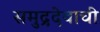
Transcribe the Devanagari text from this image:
समुद्रदेवाची